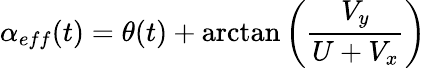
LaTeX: \alpha_{eff}(t)=\theta(t)+\arctan\left(\frac{V_{y}}{U+V_{x}}\right)